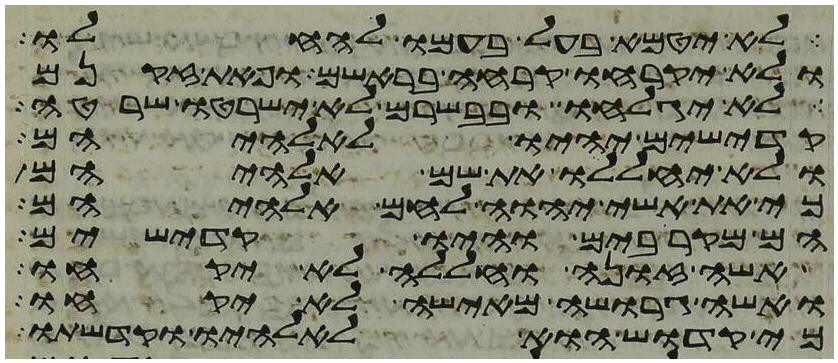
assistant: לא יטמא בעל בעמו להחלו
ולא יקרחו קרחה בראשם ופאת זקנם
לא יגלחו ובבשרם לא ישרטו שרטה
קדישים יהיו לאלהיהם
ולא יחללו את שם אלהיהם
כי את אשי יהוה לחם אלהיהם
הם מקרבים והיו קדישים
אשה זונה וחללה לא יקחו
ואשה גרושה מאישה לא יקחו
כי קדוש הוא לאלהיו וקדשתו